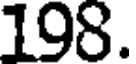
198.